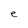
Character: e